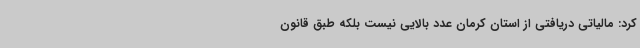
کرد: مالیاتی دریافتی از استان کرمان عدد بالایی نیست بلکه طبق قانون